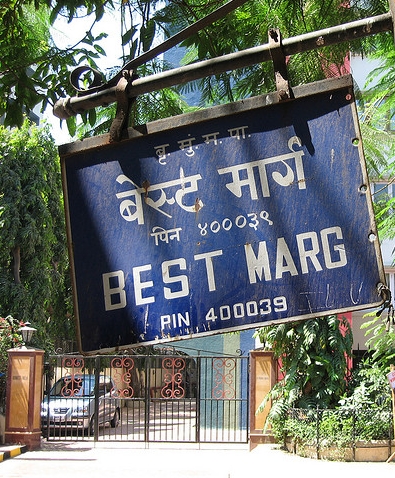
Language: hindi
Transcription: बृ, बेस्ट पिन पा. मुं. मार्ग